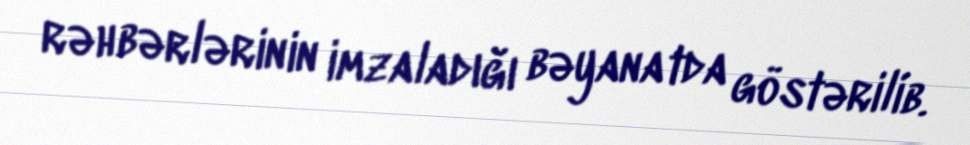
rəhbərlərinin imzaladığı bəyanatda göstərilib.